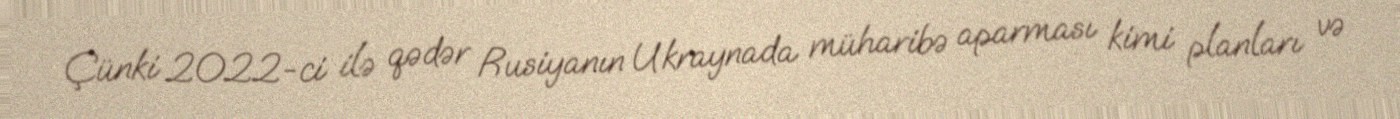
Çünki 2022-ci ilə qədər Rusiyanın Ukraynada müharibə aparması kimi planları və